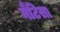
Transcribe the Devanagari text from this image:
मैंटिसा